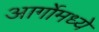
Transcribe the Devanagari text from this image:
आर्गोमध्ये